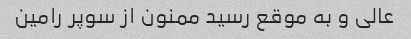
عالی و به موقع رسید ممنون از سوپر رامین